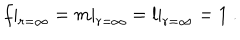
f | _ { r = \infty } = m | _ { r = \infty } = l | _ { r = \infty } = 1 \ .